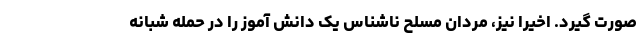
صورت گیرد. اخیرا نیز، مردان مسلح ناشناس یک دانش آموز را در حمله شبانه